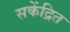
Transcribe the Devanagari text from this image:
सकेंद्रित